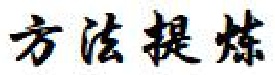
方法提炼